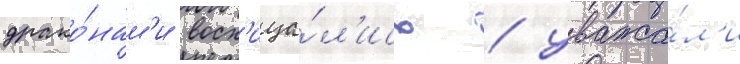
драко́нам'и восх'ища́л'ись / уважа́л'и